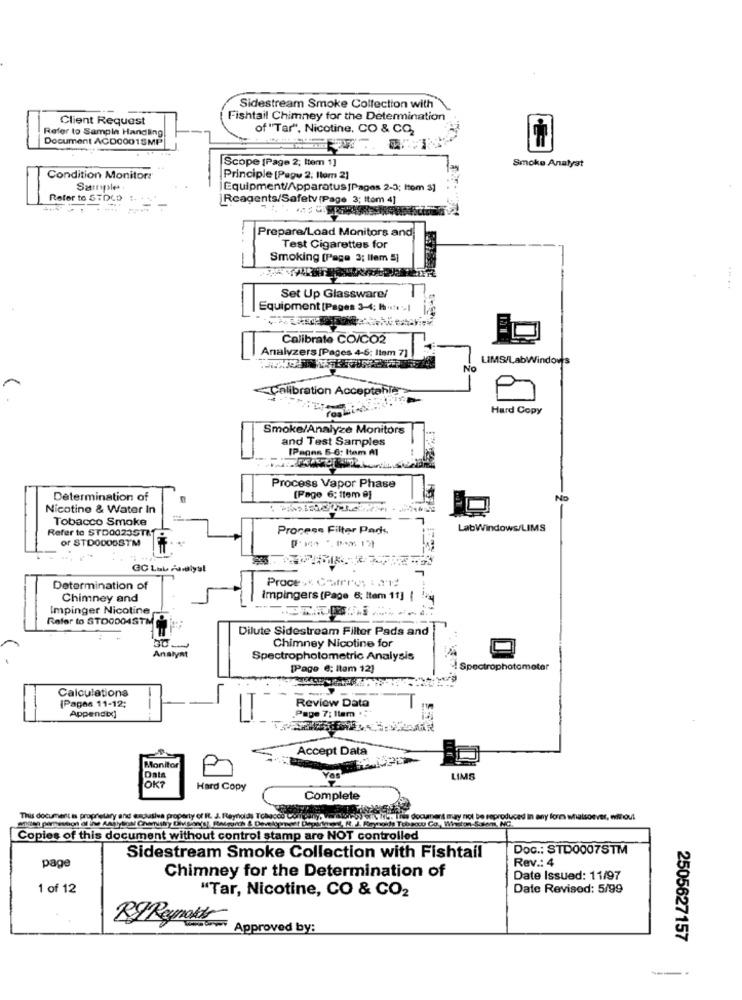
Sidestream Smoke Collection with
Client Request
Fishtail Chimney for the Determination
Refer to Sample Handling
of "Tar", Nicotine, CO & CO2
Document ACD0001SMP
Scope [Page 2; ttem 1]
Smoke Analyst
Condition Monitor:
Principle [Pagu 2. lom 2]
Sample
Equipment/Apparatus [Pages 2-3; Itom 3]
Refer to STDCD :+ ++
Reagents/Safety (Page 3; Itam 4]
Prepare/Load Monitors and
Test Cigarettes for
Smoking [Page 3; llem #]
Set Up Glassware/
Equipment [Pages 3-4; h .se >|
Calibrate CO/CO2
Analyzers [Pages 4-6: Item 7]
LIMS/LabWindows
No
Calibration Acceptahl
Hard Copy
Smoke/Analyze Monitors
and Test Samples
[Pages 5-6: Itam M
Process Vapor Phase
Determination of
(Page 6; ttem 9]
No
Nicotine & Water In
Tobacco Smoke
Refer to STD0023STRT
Process Filter Pads
LabWindows/LIMS
of STDODOGSTM
GC Lub Paralyst
Proce* Carro:2l
Determination of
Chimney and
impingers (Page 6; Item 11] |
Impinger Nicotine
Refer to STOOD04STM
Dilute Sidestream Filter Pads and
Chimney Nicotine for
Analyst
Spectrophotometric Analysis
[Page e: Itam 12]
"! Spectrophotometer
Calculations
Review Data
[Pages 11-12;
Page 7; liam . ..
Appendix]
Accept Data
Monitor
Data
OK?
Yes
LIME
Hard Copy
Complete
This document is proprietary and exclusive property of IL. J. Reynolds Tobacco Coreani, varuro) ofx NG. Tito document may not be reproduced in any form whatsoever, without
Copies of this document without control stamp are NOT controlled
Doc .: STD0007STM
Sidestream Smoke Collection with Fishtail
Rev .: 4
page
Chimney for the Determination of
Date Issued: 11/97
1 of 12
"Tar, Nicotine, CO & CO2
Date Revised: 5/99
KYReynaki
Approved by:
2505627157